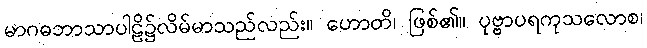
မာဂဓဘာသာပါဠိ၌လိမ်မာသည်လည်း။ ဟောတိ၊ ဖြစ်၏။ ပုဗ္ဗာပရကုသလောစ၊